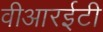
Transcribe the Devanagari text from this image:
वीआरईटी